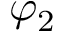
\varphi _ { 2 }